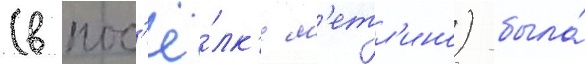
(в пос'ё́лк'е м'етл'ино) была́